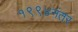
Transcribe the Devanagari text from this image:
१९९४नंतर